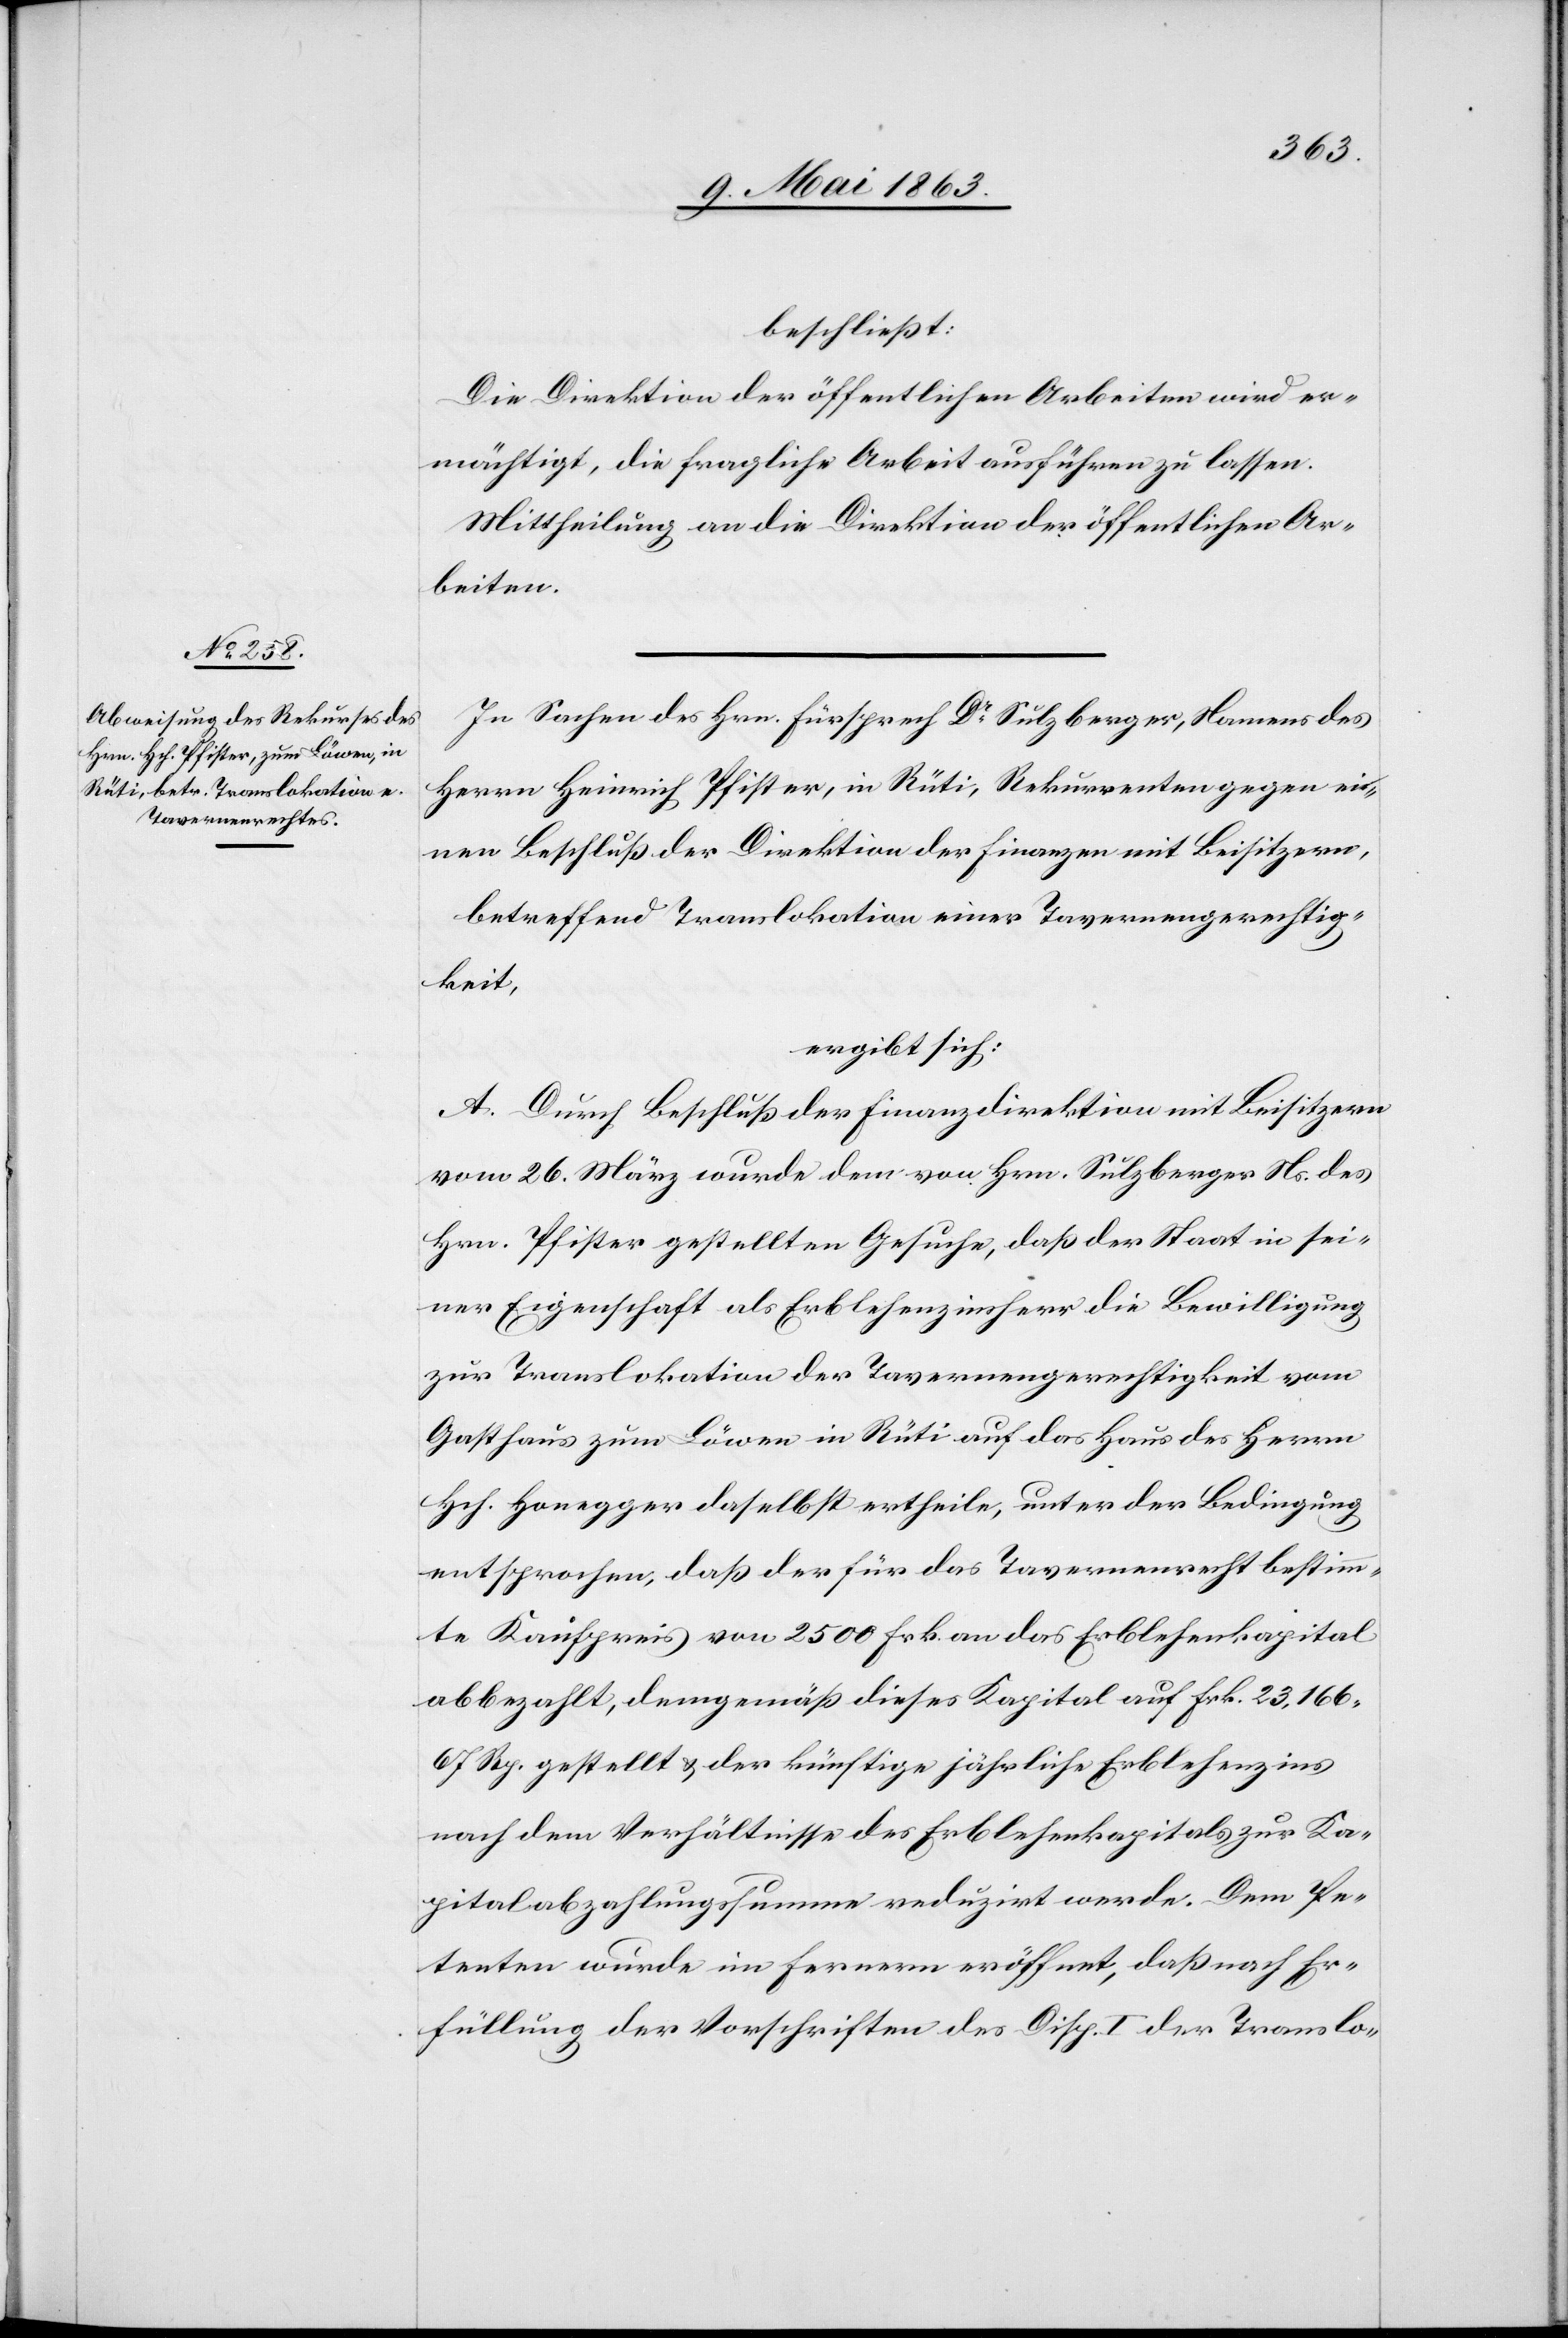
beschließt:
Die Direktion der öffentlichen Arbeiten wird er¬
mächtigt, die fragliche Arbeit ausführen zu lassen.
Mittheilung an die Direktion der öffentlichen Ar¬
beiten.
In Sachen des Hrn. Fürsprech Dr Sulzberger, Namens des
Herrn Heinrich Pfister, in Rüti, Rekurrenten gegen ei¬
nen Beschluß der Direktion der Finanzen mit Beisitzern,
betreffend Translokation einer Tavernengerechtig¬
keit,
ergibt sich:
A. Durch Beschluß der Finanzdirektion mit Beisitzern
vom 26. März wurde dem von Hrn. Sulzberger Ns. des
Hrn. Pfister gestellten Gesuche, daß der Staat in sei¬
ner Eigenschaft als Erblehenzinsherr die Bewilligung
zur Translokation der Tavernengerechtigkeit vom
Gasthaus zum Löwen in Rüti auf das Haus des Herrn
Hch. Honegger daselbst ertheile, unter der Bedingung
entsprochen, daß der für das Tavernenrecht bestimm¬
te Kaufpreis von 2500 Frk. an das Erblehenkapital
abbezahlt, demgemäß dieses Kapital auf Frk. 23,166.
67 Rp. gestellt & der künftige jährliche Erblehenzins
nach dem Verhältnisse des Erblehenkapitals zur Ka¬
pitalabzahlungssumme reduzirt werde. Dem Pe¬
tenten wurde im Fernern eröffnet, daß nach Er¬
füllung der Vorschriften des Disp. I der Translo-